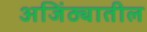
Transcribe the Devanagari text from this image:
अजिंठ्यातील